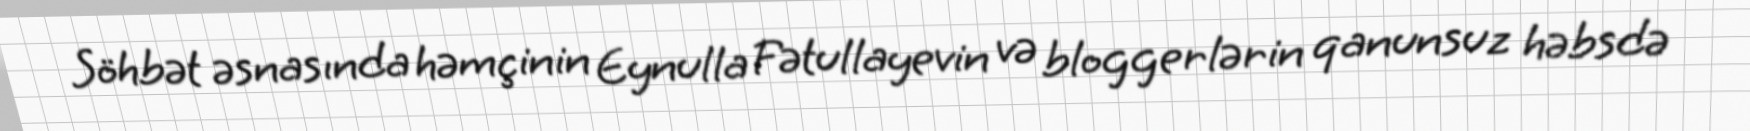
Söhbət əsnasında həmçinin Eynulla Fətullayevin və bloggerlərin qanunsuz həbsdə